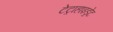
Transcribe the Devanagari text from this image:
टेट्राहाइड्रेट